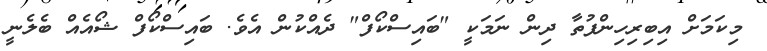
މިކަމަށް އިބިރިހިންފުތާ ދިން ނަމަކީ "ބައިސްކޯފް" ދެއްކުން އެވެ. ބައިސްކޯފް ޝޯއެއް ބެލެނީ